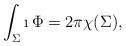
LaTeX: \begin{align*}\int_{\Sigma}\i\, \Phi=2\pi\chi(\Sigma),\end{align*}